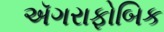
ઍગરાફોબિક